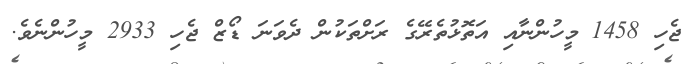
ޖެހި 1458 މީހުންނާއި އަތޮޅުތެރޭގެ ރަށްތަކުން ދެވަނަ ޑޯޒް ޖެހި 2933 މީހުންނެވެ.